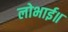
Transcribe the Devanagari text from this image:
लोभाई॥